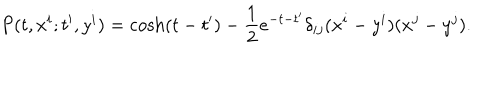
LaTeX: P ( t , x ^ { i } ; t ^ { \prime } , y ^ { i } ) = \cosh ( t - t ^ { \prime } ) - { \frac { 1 } { 2 } } e ^ { - t - t ^ { \prime } } \delta _ { i j } ( x ^ { i } - y ^ { i } ) ( x ^ { j } - y ^ { j } ) .